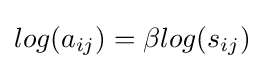
log(a_{ij})=\beta log(s_{ij})